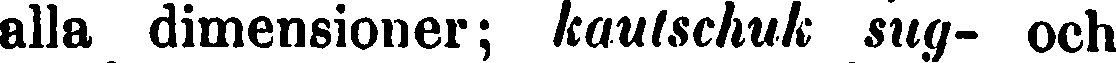
alla dimensioner; kautschuk sug- och